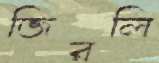
জিরলি